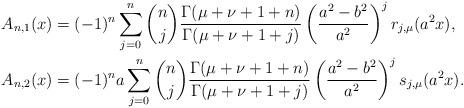
LaTeX: \begin{align*}A_{n,1}(x)&=(-1)^n\sum_{j=0}^n \binom{n}{j}\frac{\Gamma(\mu+\nu+1+n)}{\Gamma(\mu+\nu+1+j)}\left(\frac{a^2-b^2}{a^2}\right)^jr_{j,\mu}(a^2 x), \\A_{n,2}(x)&=(-1)^n a \sum_{j=0}^n \binom{n}{j}\frac{\Gamma(\mu+\nu+1+n)}{\Gamma(\mu+\nu+1+j)}\left(\frac{a^2-b^2}{a^2}\right)^js_{j,\mu}(a^2 x).\end{align*}